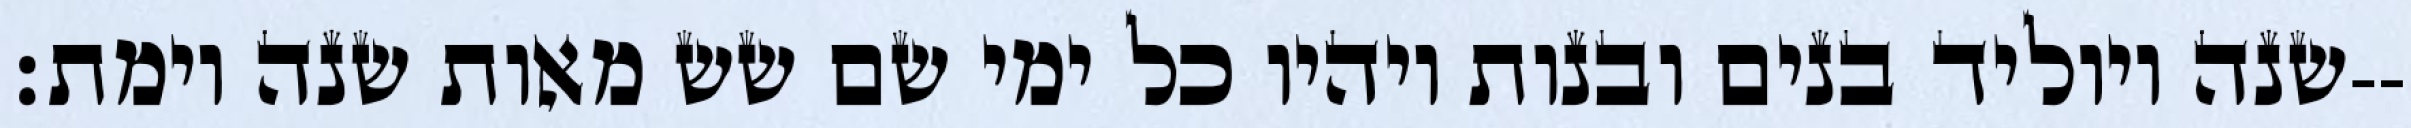
שנה ויוליד בנים ובנות ויהיו כל ימי שם שש מאות שנה וימת׃--